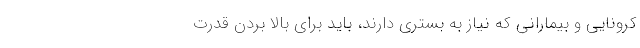
کرونایی و بیمارانی که نیاز به بستری دارند، باید برای بالا بردن قدرت